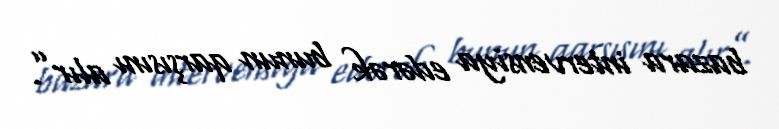
bazara intervensiya edərək bunun qarşısını alır”.